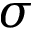
\sigma